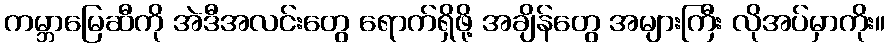
ကမ္ဘာမြေဆီကို အဲဒီအလင်းတွေ ရောက်ရှိဖို့ အချိန်တွေ အများကြီး လိုအပ်မှာကိုး။